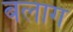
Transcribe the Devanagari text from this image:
बलाग